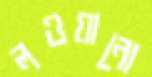
লওয়ানো